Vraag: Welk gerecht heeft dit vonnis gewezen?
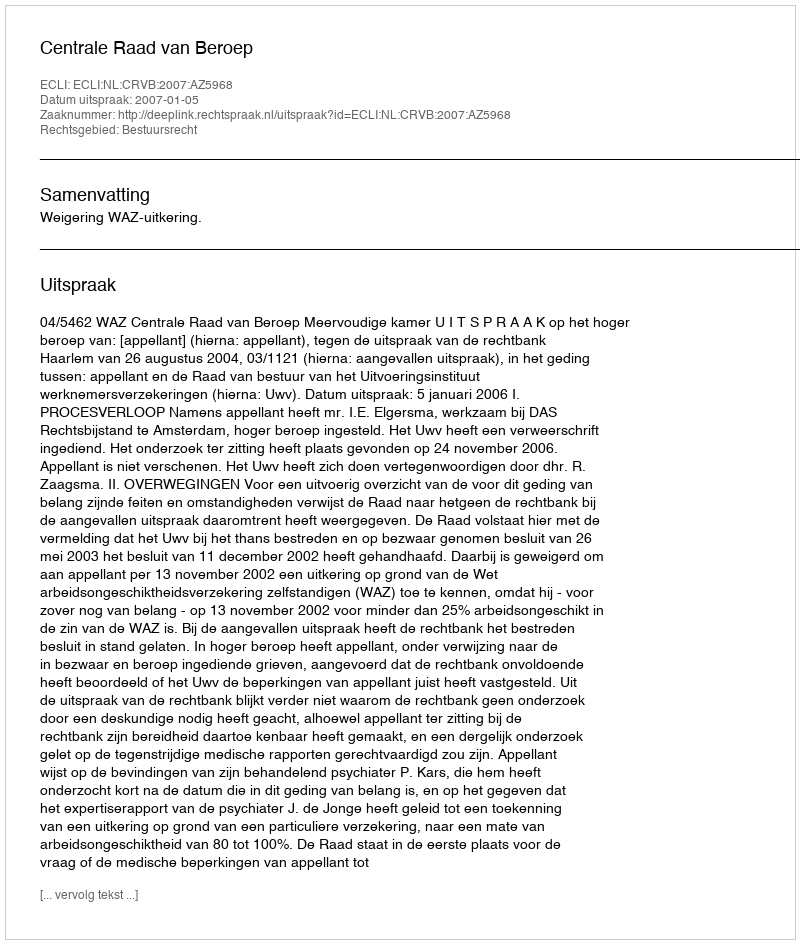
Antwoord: Centrale Raad van Beroep